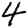
Digit: 4